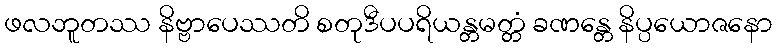
ဖလဘူတဿ နိဗ္ဗာပေဿတိ စတုဒီပပရိယန္တမတ္တံ ခဏန္တေ နိပ္ပယောဇနော